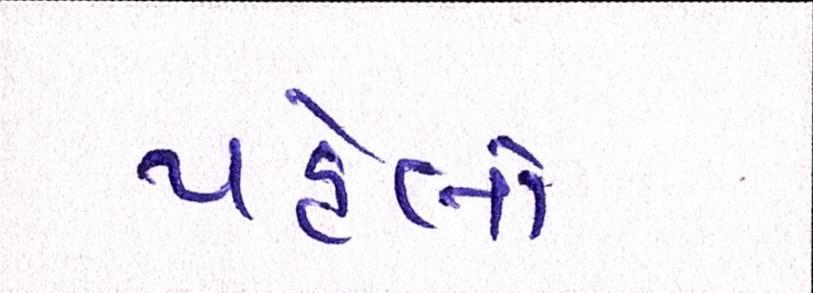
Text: પહેલો